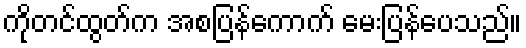
ကိုတင်ထွတ်က အစပြန်ကောက် မေးပြန်ပေသည်။